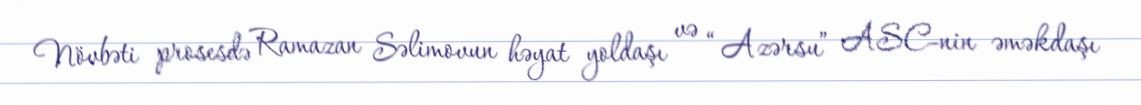
Növbəti prosesdə Ramazan Səlimovun həyat yoldaşı və “Azərsu” ASC-nin əməkdaşı